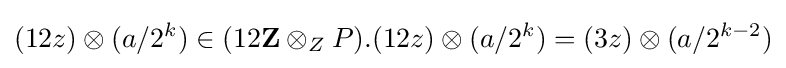
(12z)\otimes (a/2^{k})\in (12\mathbf {Z} \otimes _{Z}P).(12z)\otimes (a/2^{k})=(3z)\otimes (a/2^{k-2})